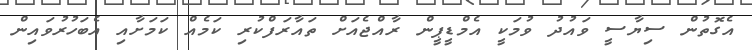
އެގޮތުން ސިޔާސީ ވައުދު ވުމަކީ އެމްޑީޕީން ރާއްޖެއަށް ތައާރަފްކުރި ކަމެއް ކަމަށާއި އެބަހުރުވައިން